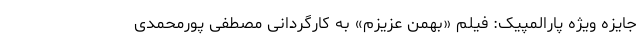
جایزه ویژه پارالمپیک: فیلم «بهمن عزیزم» به کارگردانی مصطفی پورمحمدی